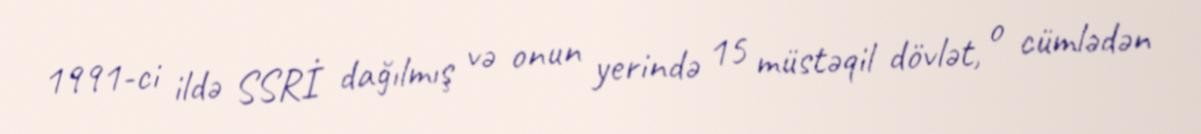
1991-ci ildə SSRİ dağılmış və onun yerində 15 müstəqil dövlət, o cümlədən